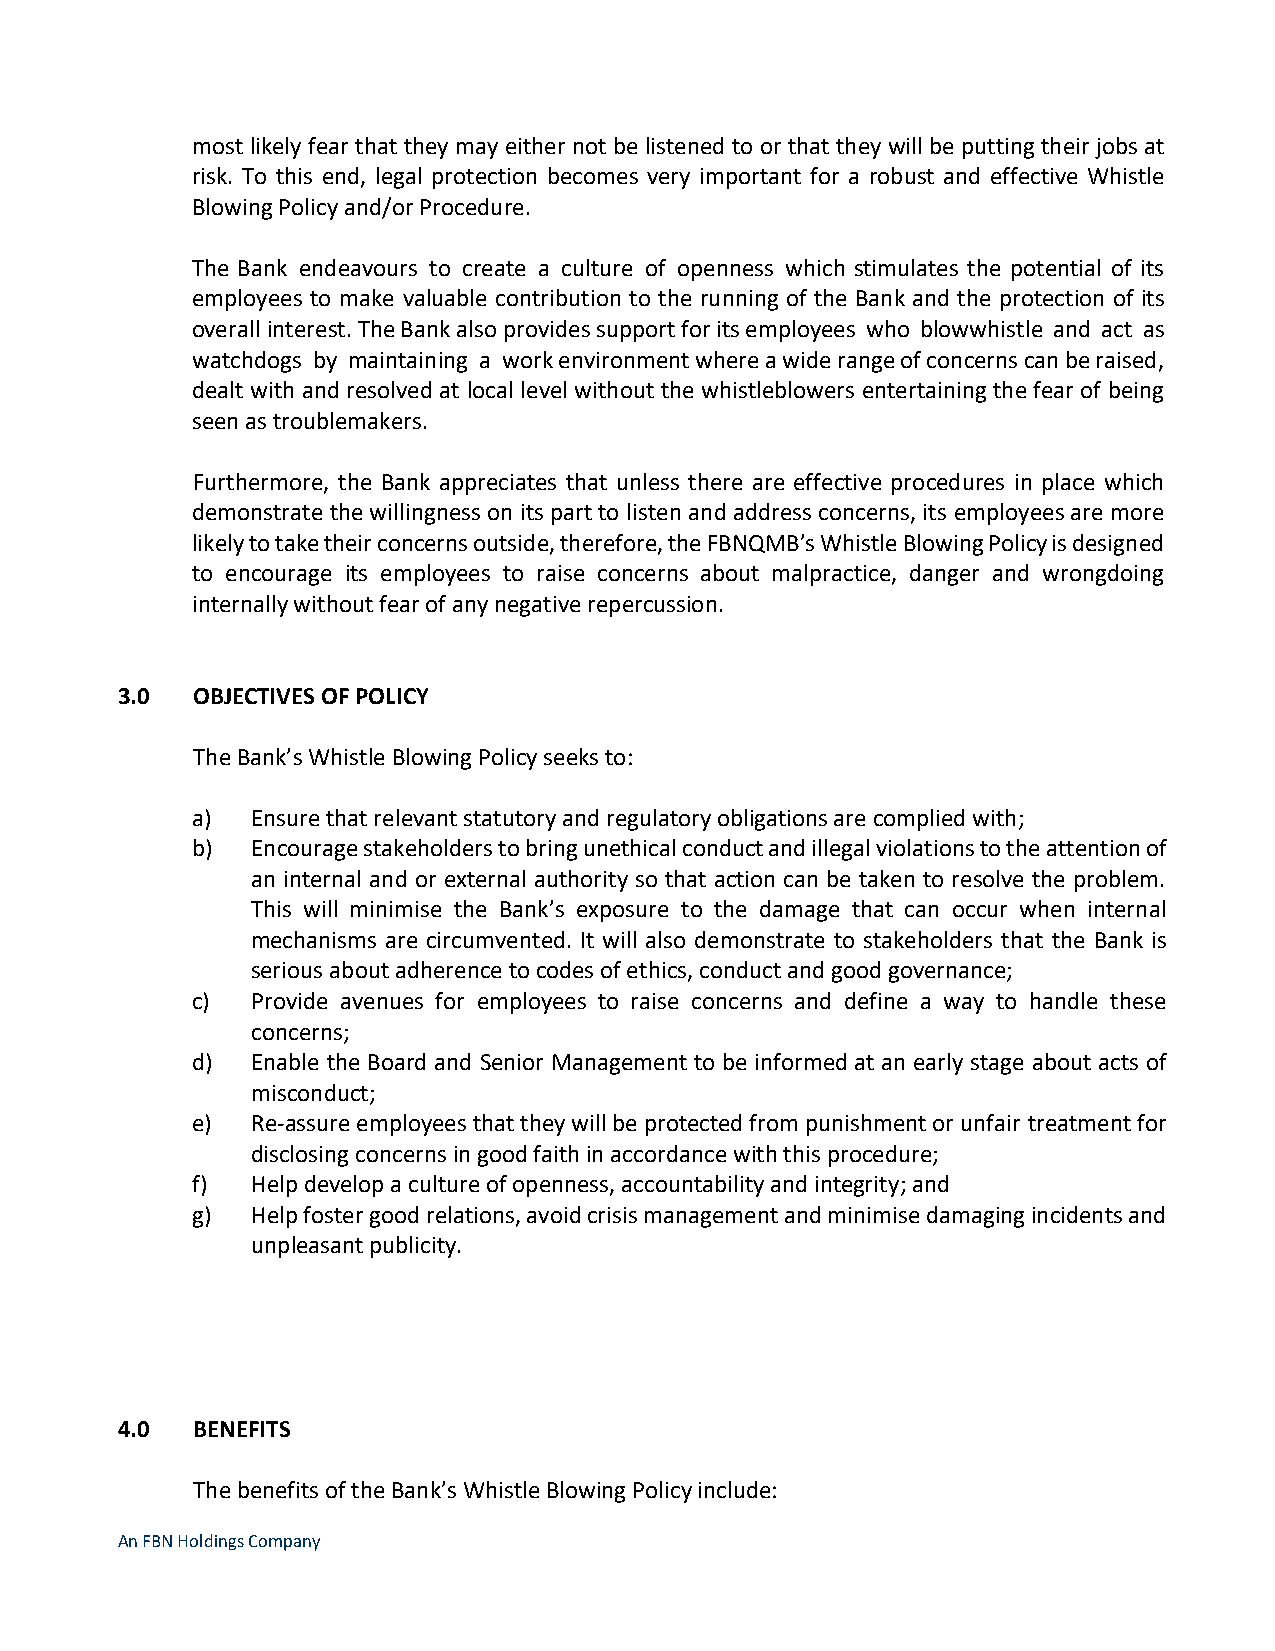
most likely fear that they may either not be listened to or that they will be putting their jobs at
 risk. To this end, legal protection becomes very important for a robust and effective Whistle
 Blowing Policy and/or Procedure.
 The Bank endeavours to create a culture of openness which stimulates the potential of its
 employees to make valuable contribution to the running of the Bank and the protection of its
 overall interest. The Bank also provides support for its employees who blowwhistle and act as
 watchdogs by maintaining a work environment where a wide range of concerns can be raised,
 dealt with and resolved at local level without the whistleblowers entertaining the fear of being
 seen as troublemakers.
 Furthermore, the Bank appreciates that unless there are effective procedures in place which
 demonstrate the willingness on its part to listen and address concerns, its employees are more
 likely to take their concerns outside, therefore, the FBNQMB’s Whistle Blowing Policy is designed
 to encourage its employees to raise concerns about malpractice, danger and wrongdoing
 internally without fear of any negative repercussion.
 3.0  OBJECTIVES OF POLICY
 The Bank’s Whistle Blowing Policy seeks to:
 a)  Ensure that relevant statutory and regulatory obligations are complied with;
 b)  Encourage stakeholders to bring unethical conduct and illegal violations to the attention of
 an internal and or external authority so that action can be taken to resolve the problem.
 This will minimise the Bank’s exposure to the damage that can occur when internal
 mechanisms are circumvented. It will also demonstrate to stakeholders that the Bank is
 serious about adherence to codes of ethics, conduct and good governance;
 c)  Provide avenues for employees to raise concerns and define a way to handle these
 concerns;
 d)  Enable the Board and Senior Management to be informed at an early stage about acts of
 misconduct;
 e)  Re-assure employees that they will be protected from punishment or unfair treatment for
 disclosing concerns in good faith in accordance with this procedure;
 f)  Help develop a culture of openness, accountability and integrity; and
 g)  Help foster good relations, avoid crisis management and minimise damaging incidents and
 unpleasant publicity.
 4.0  BENEFITS
 The benefits of the Bank’s Whistle Blowing Policy include:
 An FBN Holdings Company